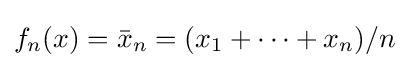
f_{n}(x)={\bar {x}}_{n}=(x_{1}+\cdots +x_{n})/n